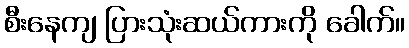
စီးနေကျ ပြားသုံးဆယ်ကားကို ခေါက်။